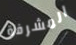
المشرفة